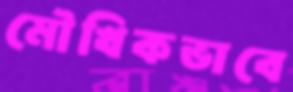
মৌখিকভাবে